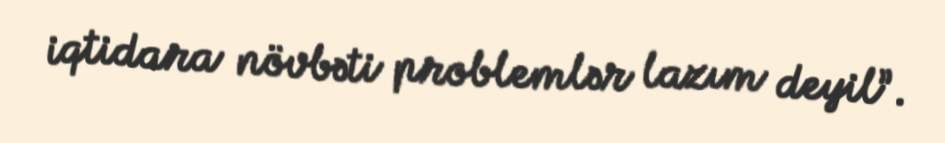
iqtidara növbəti problemlər lazım deyil”.